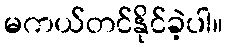
မကယ်တင်နိုင်ခဲ့ပါ။